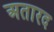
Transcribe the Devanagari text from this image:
अतारद